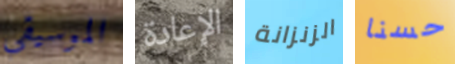
الموسيقى الإعادة الزنزانة حسنا